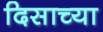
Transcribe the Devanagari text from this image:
दिसाच्या